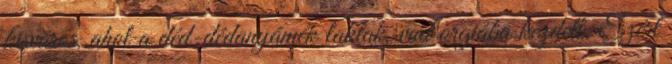
kisváros, ahol a déd-dédanyámék laktak, vad orgiába kezdett. Ezért